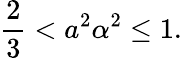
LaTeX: \frac 23<a^{2}\alpha^{2}\leq 1.